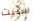
ستيت